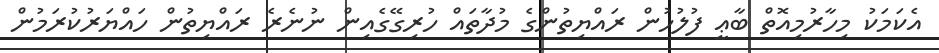
އެކަމަކު މިހާރުމިއޮތް ބާޢީ ފުލުހުން ރައްޔިތުންގެ މުދާތައް ހުރިގޭގެއިން ނުނެރެ ރައްޔިތުން ހައްޔަރުކުރަމުން